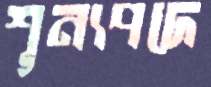
শূন্যপদে